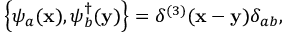
\left\{ \psi _ { a } ( \mathbf { x } ) , \psi _ { b } ^ { \dagger } ( \mathbf { y } ) \right\} = \delta ^ { ( 3 ) } ( \mathbf { x } - \mathbf { y } ) \delta _ { a b } ,